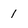
Character: I